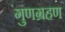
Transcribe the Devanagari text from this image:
गुणग्रहण